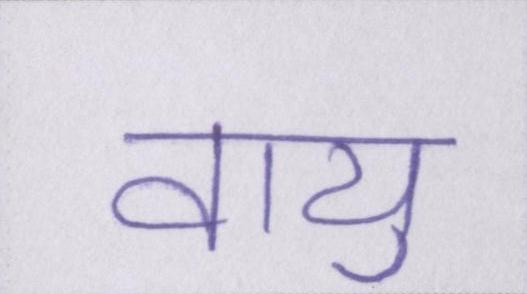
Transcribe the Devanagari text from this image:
वायु